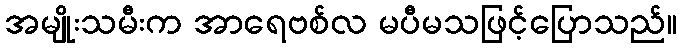
အမျိုးသမီးက အာရေဗစ်လ မပီမသဖြင့်ပြောသည်။